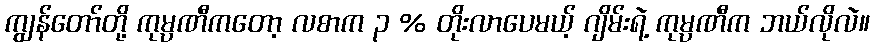
ကျွန်တော်တို့ ကုမ္ပဏီကတော့ လစာက ၃ % တိုးလာပေမယ့် ဂျိမ်းရဲ့ ကုမ္ပဏီက ဘယ်လိုလဲ။